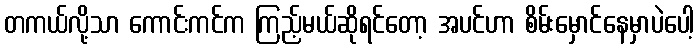
တကယ်လို့သာ ကောင်းကင်က ကြည့်မယ်ဆိုရင်တော့ အပင်ဟာ စိမ်းမှောင်နေမှာပဲပေါ့